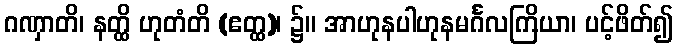
ဂဏှာတိ၊ နတ္ထိ ဟုတံတိ (ဧတ္ထ)၊ ၌။ အာဟုနပါဟုနမင်္ဂလကြိယာ၊ ပင့်ဖိတ်၍